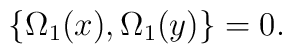
\lbrace\Omega _1(x),\Omega _1(y)\rbrace = 0.